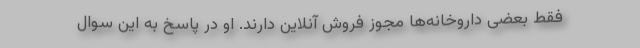
فقط بعضی داروخانه‌ها مجوز فروش آنلاین دارند. او در پاسخ به این سوال